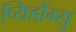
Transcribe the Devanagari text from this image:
प्यिडौंग्सु